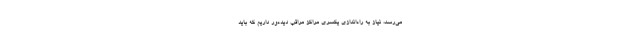
می‌رسد، نیاز به راه‌اندازی یکسری مراکز مراقب دیده‌ور داریم که باید